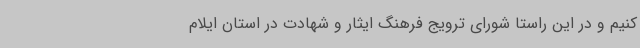
کنیم و در این راستا شورای ترویج فرهنگ ایثار و شهادت در استان ایلام